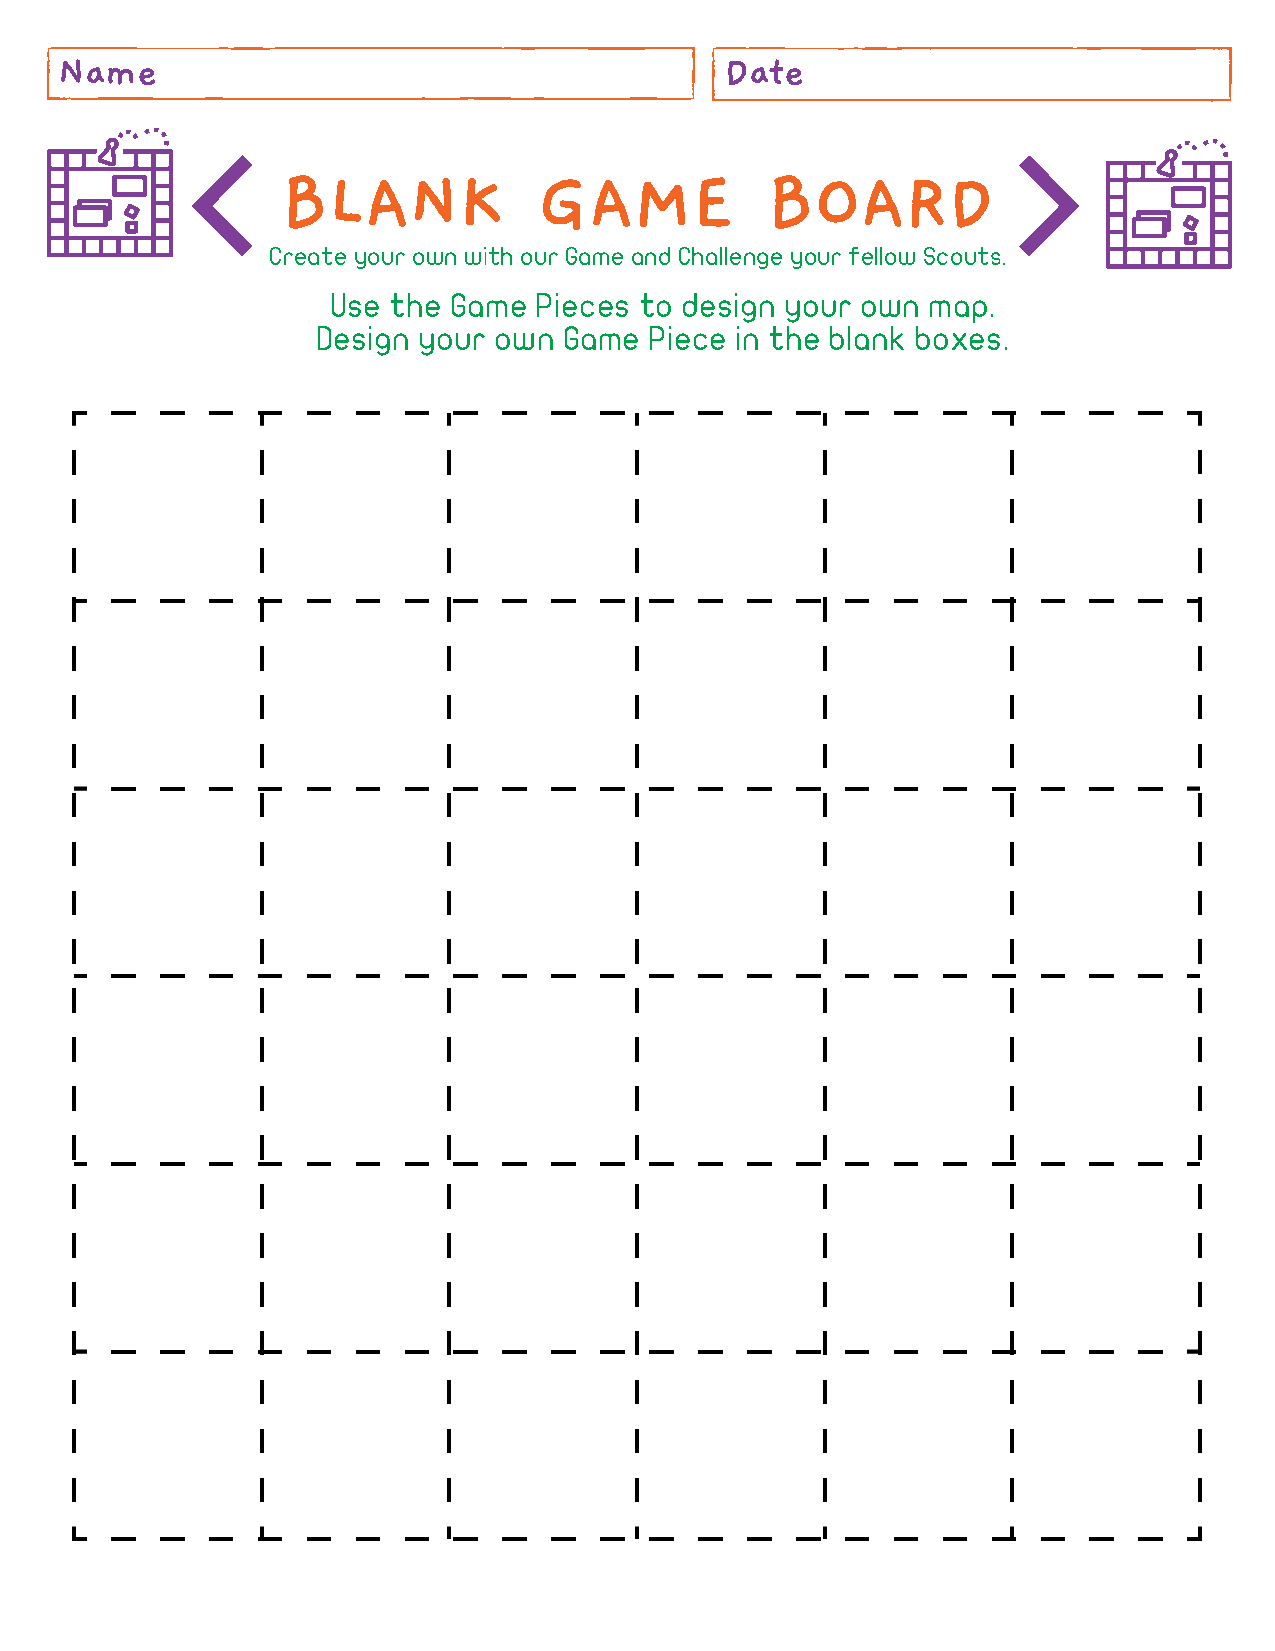
Name                                        Date
 BLANK            GAME           BOARD
 Create your own with our Game and Challenge your fellow Scouts.
 Use the Game Pieces to design your own map.
 Design your own Game  Piece in the blank boxes.